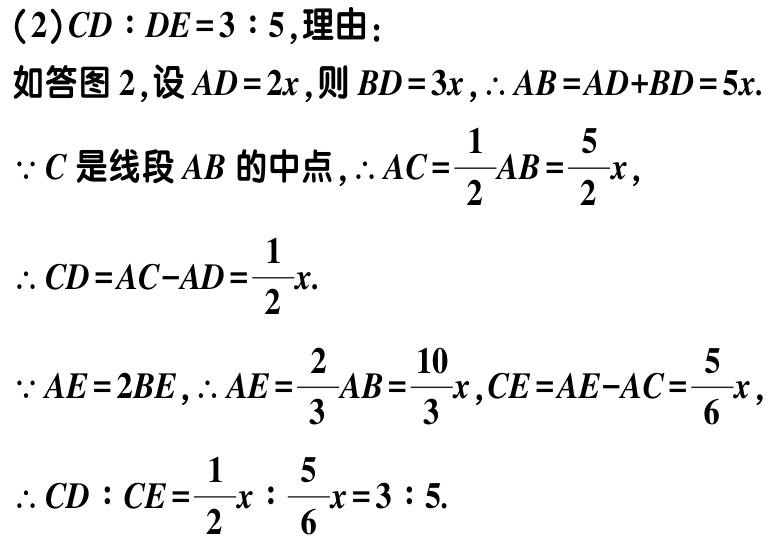
（2）$CD:DE = 3:5$,理由：

如答图 2,设$AD = 2x$,则$BD = 3x$,$\therefore AB=AD + BD = 5x$.

$\because C$是线段$AB$的中点,$\therefore AC=\frac{1}{2}AB=\frac{5}{2}x$,

$\therefore CD = AC - AD=\frac{1}{2}x$.

$\because AE = 2BE$,$\therefore AE=\frac{2}{3}AB=\frac{10}{3}x$,$CE = AE - AC=\frac{5}{6}x$,

$\therefore CD:CE=\frac{1}{2}x:\frac{5}{6}x = 3:5$.